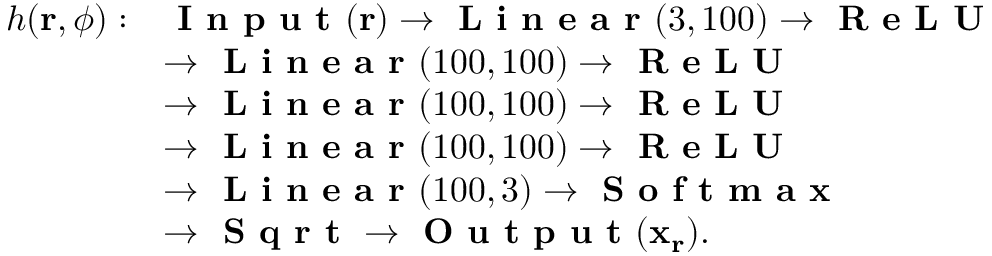
\begin{array} { r l } { h ( \mathbf { r } , \phi ) : } & { \textbf { I n p u t } ( \mathbf { r } ) \to \textbf { L i n e a r } ( 3 , 1 0 0 ) \to \textbf { R e L U } } \\ & { \to \textbf { L i n e a r } ( 1 0 0 , 1 0 0 ) \to \textbf { R e L U } } \\ & { \to \textbf { L i n e a r } ( 1 0 0 , 1 0 0 ) \to \textbf { R e L U } } \\ & { \to \textbf { L i n e a r } ( 1 0 0 , 1 0 0 ) \to \textbf { R e L U } } \\ & { \to \textbf { L i n e a r } ( 1 0 0 , 3 ) \to \textbf { S o f t m a x } } \\ & { \to \textbf { S q r t } \to \textbf { O u t p u t } ( \mathbf { x } _ { \mathbf { r } } ) . } \end{array}